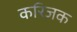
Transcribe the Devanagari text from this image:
करिजक